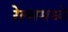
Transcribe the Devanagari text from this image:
रेल्समध्ये